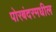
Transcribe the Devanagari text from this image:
पोरबंदरमधील